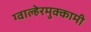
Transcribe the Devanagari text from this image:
ग्वाल्हेरमुक्कामी